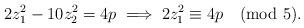
LaTeX: \begin{align*} 2z_{1}^{2} - 10 z_{2}^{2} = 4p \implies 2z_{1}^{2} \equiv 4p \pmod 5.\end{align*}